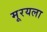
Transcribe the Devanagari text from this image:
मूरयला